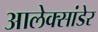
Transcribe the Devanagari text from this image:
आलेक्सांडेर